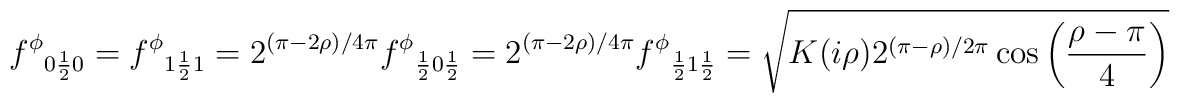
{f^{\phi }}_{0\frac{1}{2}0}={f^{\phi }}_{1\frac{1}{2}1}=2^{(\pi -2\rho )/4\pi }{f^{\phi }}_{\frac{1}{2}0\frac{1}{2}}=2^{(\pi -2\rho )/4\pi }{f^{\phi }}_{\frac{1}{2}1\frac{1}{2}}=\sqrt{K(i\rho )2^{(\pi -\rho )/2\pi }\cos \left( \frac{\rho -\pi }{4}\right) }